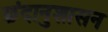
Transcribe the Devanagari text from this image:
छंदानुशासन